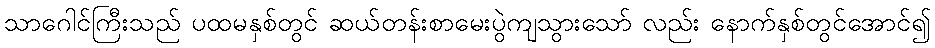
သာဂေါင်ကြီးသည် ပထမနှစ်တွင် ဆယ်တန်းစာမေးပွဲကျသွားသော် လည်း နောက်နှစ်တွင်အောင်၍